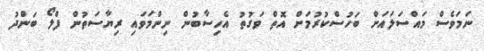
ނަމަވެސް މައްސަލައަށް ބަހުސްކުރުމަށް އޮތް ވަގުތު އެހިސާބުން ނިންމަވައި ރިޔާސަތުން ފްލޯ ބަންދު